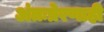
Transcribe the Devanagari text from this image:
अंतःप्रेरणाही